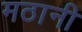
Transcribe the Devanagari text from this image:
मठानी